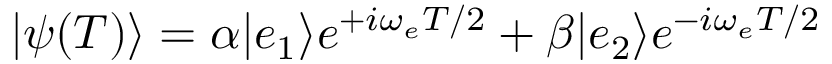
{ \left| { \psi ( T ) } \right\rangle } = \alpha { \left| { e _ { 1 } } \right\rangle } e ^ { + i \omega _ { e } T / 2 } + \beta { \left| { e _ { 2 } } \right\rangle } e ^ { - i \omega _ { e } T / 2 }